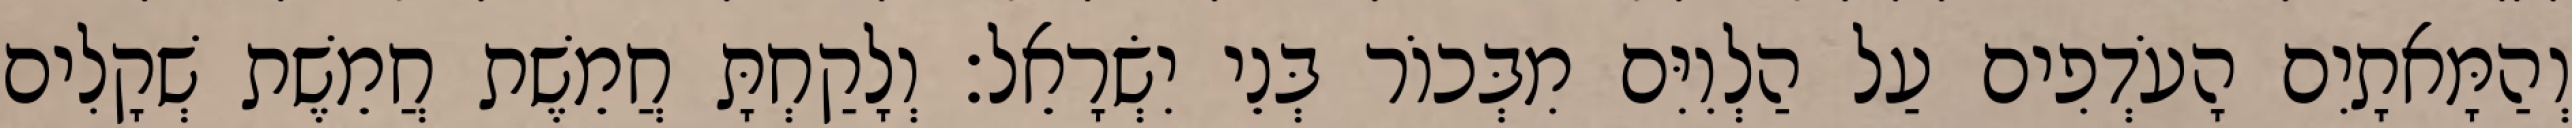
וְהַמָּאתָיִם הָעֹדְפִים עַל הַלְוִיִּם מִבְּכוֹר בְּנֵי יִשְׂרָאֵל׃ וְלָקַחְתָּ חֲמֵשֶׁת חֲמֵשֶׁת שְׁקָלִים